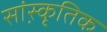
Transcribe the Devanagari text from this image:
सांस्कृ़तिक